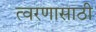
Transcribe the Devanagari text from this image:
त्वरणासाठी